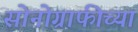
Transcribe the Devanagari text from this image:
सोनोग्राफीच्या